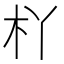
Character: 𣏎